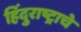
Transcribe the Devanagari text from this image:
हिंदुराष्ट्राचे